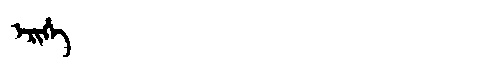
Manchu: ᡝᡵᡳᡥᡝ
Romanization: ERIHE